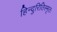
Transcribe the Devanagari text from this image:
हिन्दुरितिस्मृतः